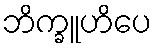
ဘိက္ခူဟိပေ